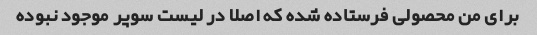
براى من محصولى فرستاده شده که اصلا در لیست سوپر موجود نبوده